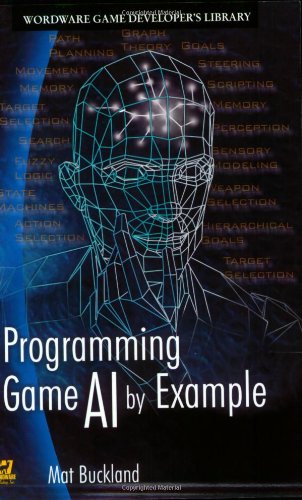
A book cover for Programming Game AI By Example (Wordware Game Developers Library); Mat Buckland; Humor & Entertainment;